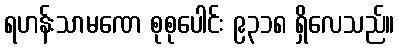
ရဟန်းသာမဏေ စုစုပေါင်း ၉၃၁၈ ရှိလေသည်။